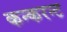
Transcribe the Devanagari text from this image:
कन्करन्ट